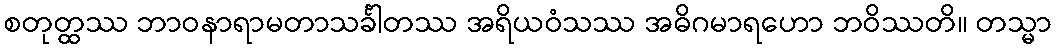
စတုတ္ထဿ ဘာဝနာရာမတာသင်္ခါတဿ အရိယဝံသဿ အဓိဂမာရဟော ဘဝိဿတိ။ တသ္မာ